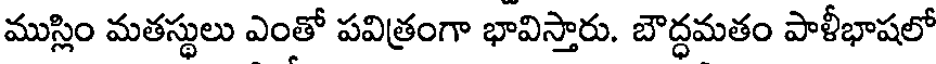
ముస్లిం మతస్థులు ఎంతో పవిత్రంగా భావిస్తారు. బౌద్ధమతం పాళీభాషలో